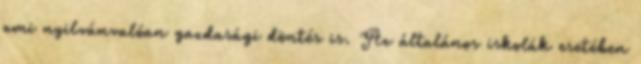
ami nyilvánvalóan gazdasági döntés is. Az általános iskolák esetében